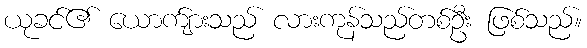
ယုခင်၏ ယောက်ျားသည် လားကုန်သည်တစ်ဦး ဖြစ်သည်။